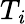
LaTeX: T_{\mathit{i}}